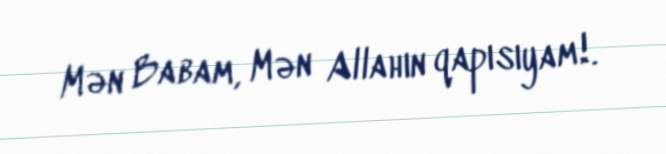
Mən Babam, Mən Allahın qapısıyam!.